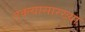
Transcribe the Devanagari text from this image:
तक्त्यासारख्या